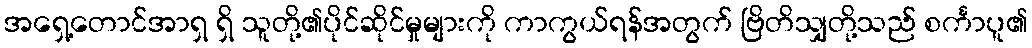
အရှေ့တောင်အာရှ ရှိ သူတို့၏ပိုင်ဆိုင်မှုများကို ကာကွယ်ရန်အတွက် ဗြိတိသျှတို့သည် စင်္ကာပူ၏